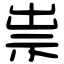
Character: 祟